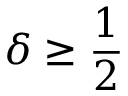
\delta \geq { \frac { 1 } { 2 } }